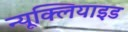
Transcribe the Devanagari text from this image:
न्यूक्लियाइड